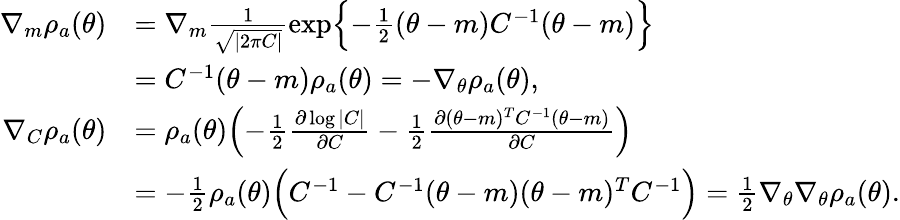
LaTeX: \begin{array}{rl}{\nabla_{m}\rho_{a}(\theta)}&{=\nabla_{m}\frac{1}{\sqrt{|2\pi C|}}\exp\Bigl\{ -\frac{1}{2}(\theta-m)C^{-1}(\theta-m)\Bigr\} }\\ &{=C^{-1}(\theta-m)\rho_{a}(\theta)=-\nabla_{\theta}\rho_{a}(\theta),}\\ {\nabla_{C}\rho_{a}(\theta)}&{=\rho_{a}(\theta)\Bigl(-\frac{1}{2}\frac{\partial\log|C|}{\partial C}-\frac{1}{2}\frac{\partial(\theta-m)^{T}C^{-1}(\theta-m)}{\partial C}\Bigr)}\\ &{=-\frac{1}{2}\rho_{a}(\theta)\Bigl(C^{-1}-C^{-1}(\theta-m)(\theta-m)^{T}C^{-1}\Bigr)=\frac{1}{2}\nabla_{\theta}\nabla_{\theta}\rho_{a}(\theta).}\end{array}